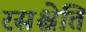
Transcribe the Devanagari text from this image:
रसश्चेति